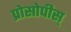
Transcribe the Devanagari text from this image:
प्रोसोपीस्